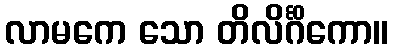
လာမကေ သော တိလိင်္ဂိကော။